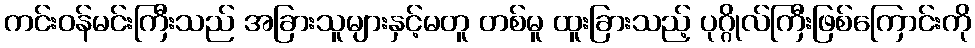
ကင်းဝန်မင်းကြီးသည် အခြားသူများနှင့်မတူ တစ်မူ ထူးခြားသည့် ပုဂ္ဂိုလ်ကြီးဖြစ်ကြောင်းကို